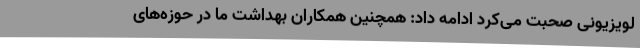
لویزیونی صحبت می‌کرد ادامه داد: همچنین همکاران بهداشت ما در حوزه‌های